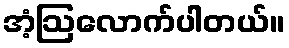
အံ့ဩလောက်ပါတယ်။